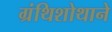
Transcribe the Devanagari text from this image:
ग्रंथिशोथाने